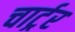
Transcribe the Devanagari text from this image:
चार्ट्रर